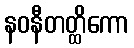
နဝနီတတ္ထိကော